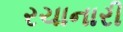
રચાનારી